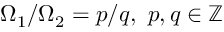
\Omega _ { 1 } / \Omega _ { 2 } = p / q , \ p , q \in \mathbb { Z }